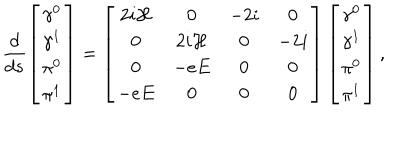
\frac d { d s } \left[ \begin{array} { c } { { \gamma ^ { 0 } } } \\ { { \gamma ^ { 1 } } } \\ { { \pi ^ { 0 } } } \\ { { \pi ^ { 1 } } } \\ \end{array} \right] = \left[ \begin{array} { c c c c } { { 2 i { \cal H } } } & { { 0 } } & { { - 2 i } } & { { 0 } } \\ { { 0 } } & { { 2 i { \cal H } } } & { { 0 } } & { { - 2 i } } \\ { { 0 } } & { { - e E } } & { { 0 } } & { { 0 } } \\ { { - e E } } & { { 0 } } & { { 0 } } & { { 0 } } \\ \end{array} \right] \left[ \begin{array} { c } { { \gamma ^ { 0 } } } \\ { { \gamma ^ { 1 } } } \\ { { \pi ^ { 0 } } } \\ { { \pi ^ { 1 } } } \\ \end{array} \right] ,